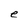
Character: e